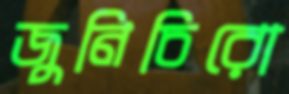
জুনিচিরো